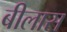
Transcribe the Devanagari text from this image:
बीलास